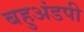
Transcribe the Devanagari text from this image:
बहुअंडपी